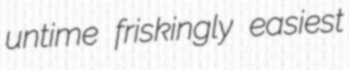
untime friskingly easiest